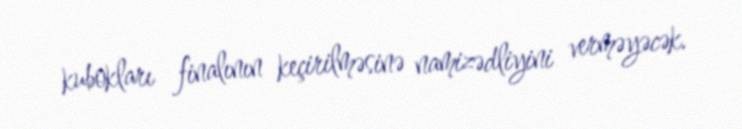
kubokları finalının keçirilməsinə namizədliyini verməyəcək.